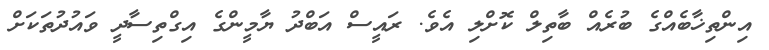
އިންތިޚާބެއްގެ ބުރެއް ބާތިލް ކޮށްލި އެވެ. ރައީސް އަބްދު ޔާމީންގެ އިގްތިސާދީ ވައުދުތަކަށް